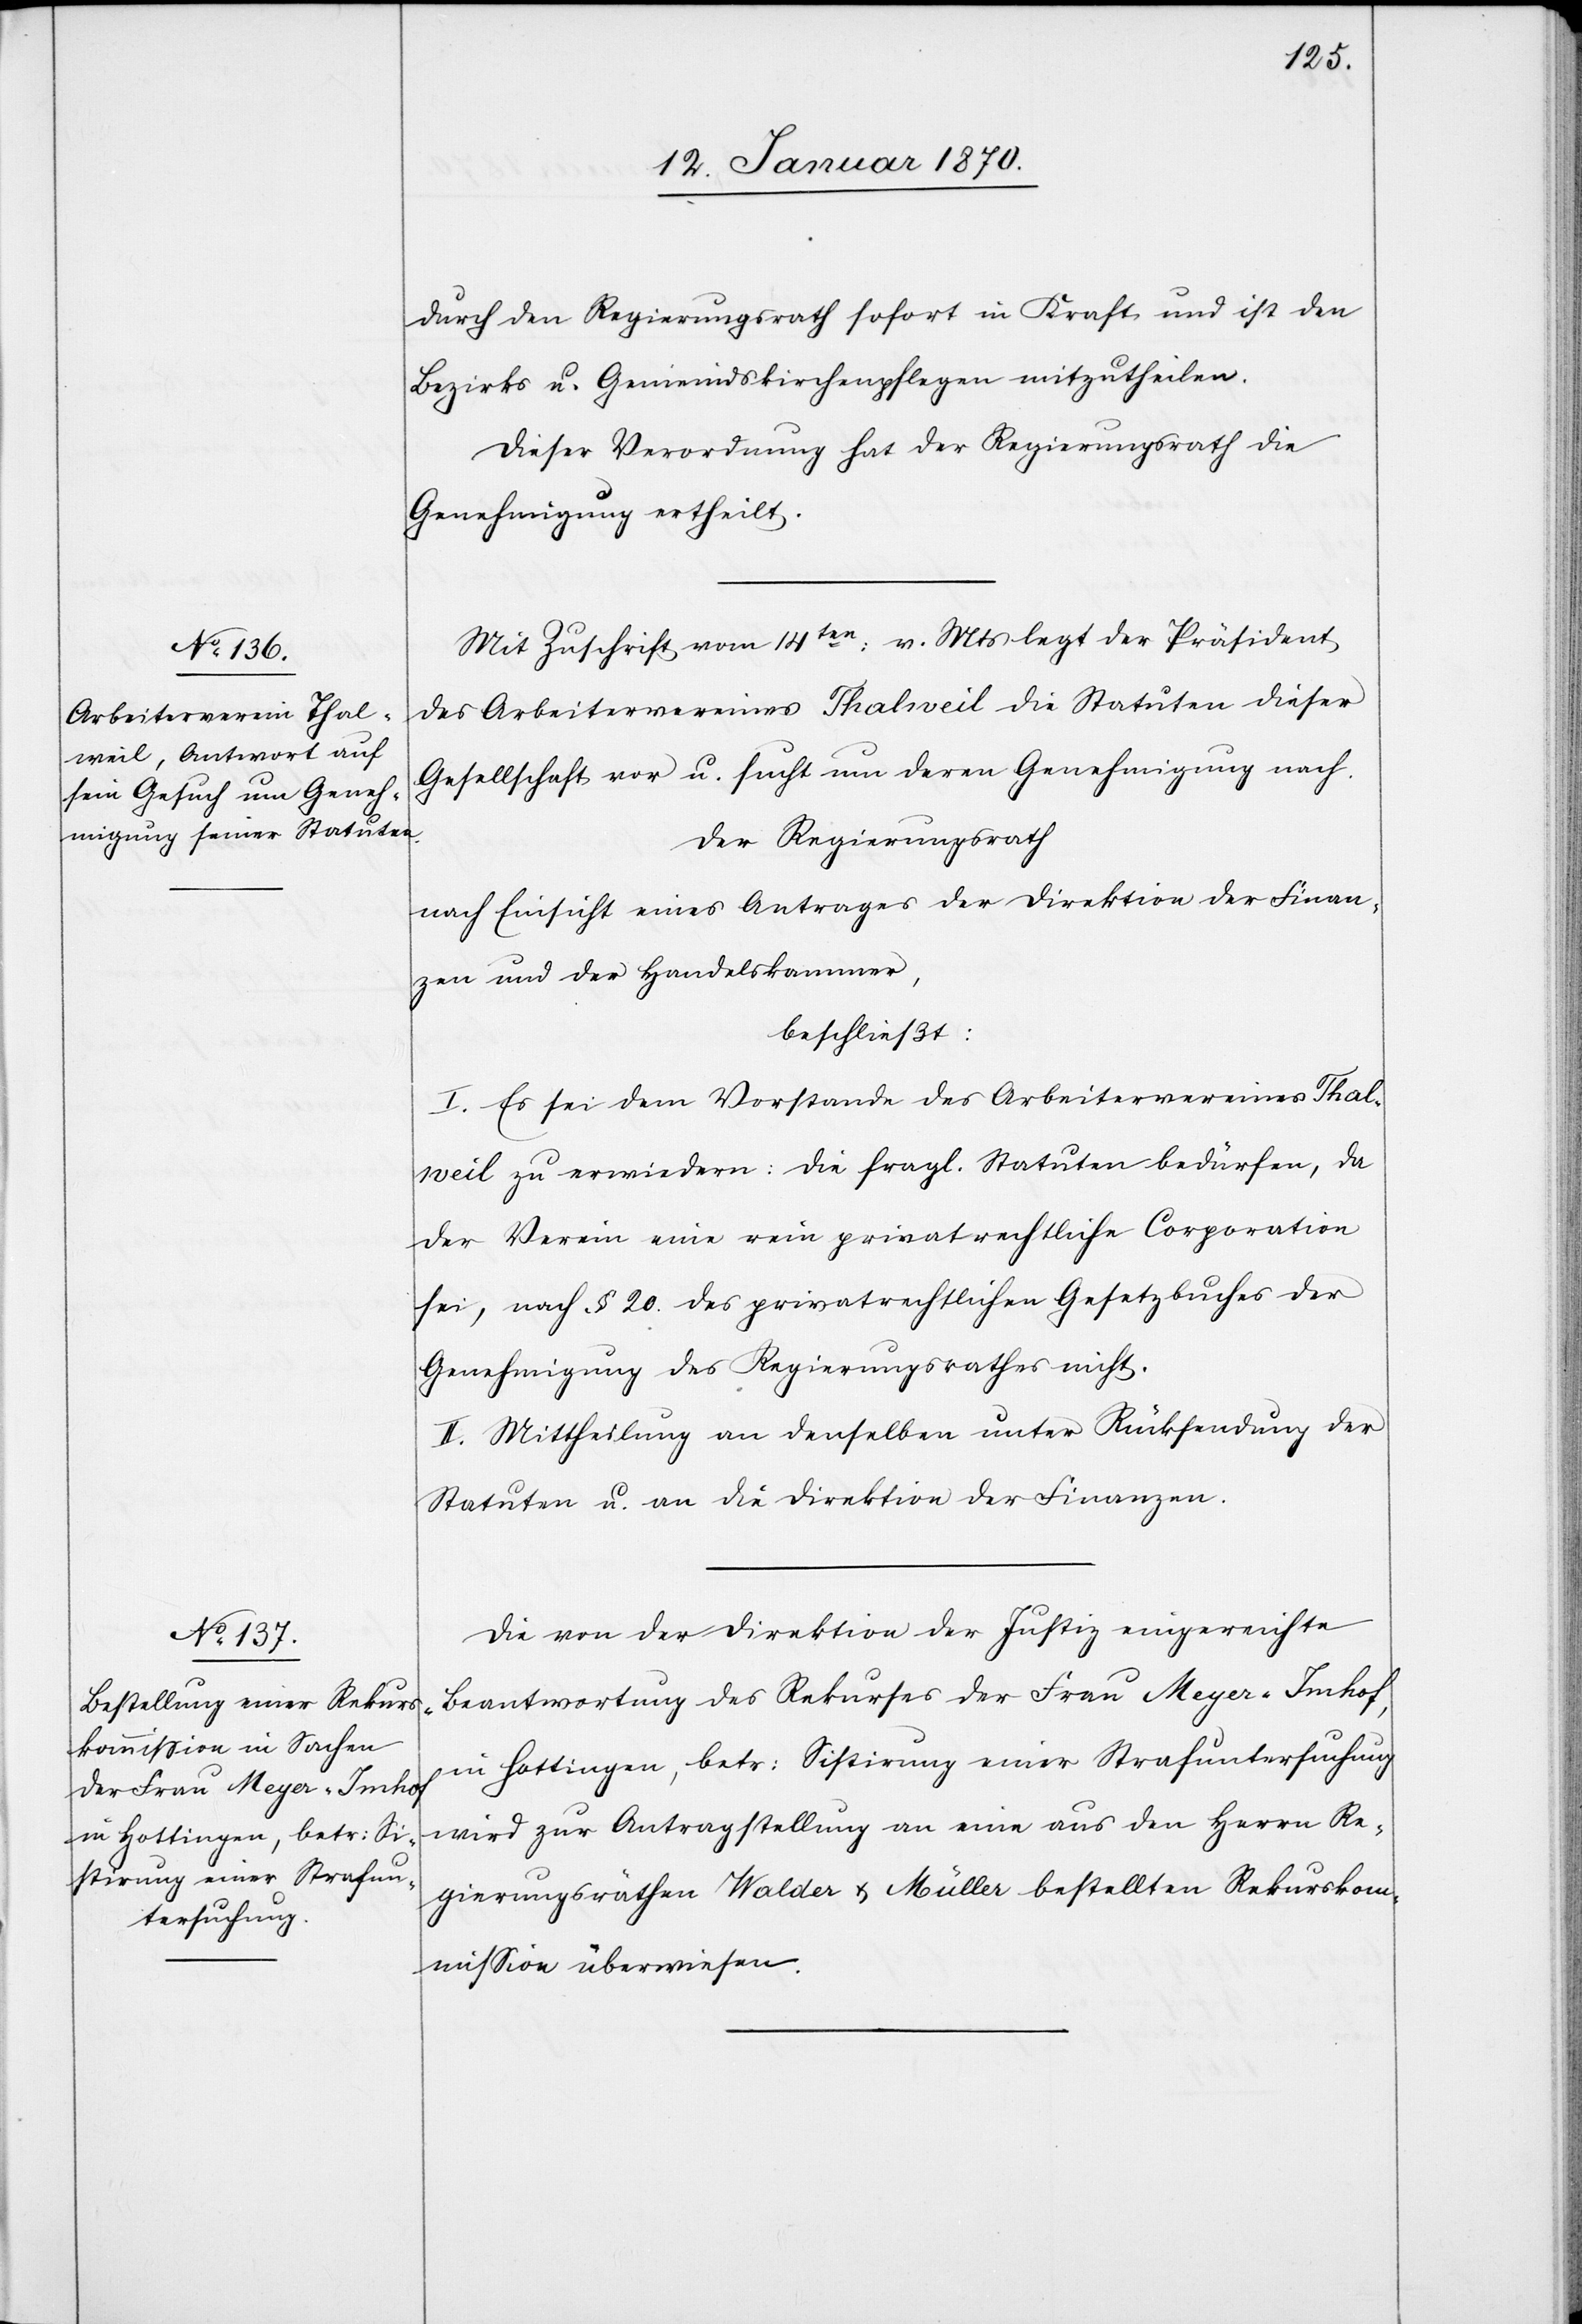
durch den Regierungsrath sofort in Kraft und ist den
Bezirks[-] u. Gemeindskirchenpflegen mitzutheilen.
Dieser Verordnung hat der Regierungsrath die
Genehmigung ertheilt.
Mit Zuschrift vom 14ten: v. Mts. legt der Präsident
des Arbeitervereines Thalweil die Statuten dieser
Gesellschaft vor u. sucht um deren Genehmigung nach.
Der Regierungsrath
nach Einsicht eines Antrages der Direktion der Finan¬
zen und der Handelskammer,
beschließt:
I. Es sei dem Vorstande des Arbeitervereins Thal¬
weil zu erwiedern: Die fragl. Statuten bedürfen, da
der Vereine eine rein privatrechtliche Corporation
sei, nach § 20 des privatrechtlichen Gesetzbuches der
Genehmigung des Regierungsrathes nicht.
II. Mittheilung an denselben unter Rücksendung der
Statuten u. an die Direktion der Finanzen.
Die von der Direktion der Justiz eingereichte
Beantwortung des Rekurses der Frau Meyer-Imhof,
in Hottingen, betr. Sistirung einer Strafuntersuchung
wird zur Antragstellung an eine aus den Herrn Re¬
gierungsräthen Walder u. Müller bestellten Rekurskom¬
mission überwiesen.